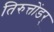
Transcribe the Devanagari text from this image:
तिरुत्तोंडर्